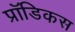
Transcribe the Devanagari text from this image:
प्रॉडिकस